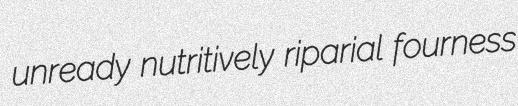
unready nutritively riparial fourness